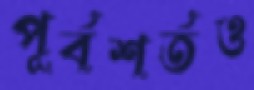
পূর্বশর্তও